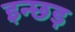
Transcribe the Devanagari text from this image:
इन्छड़